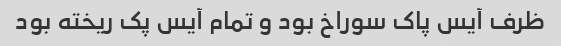
ظرف آیس پاک سوراخ بود و تمام آیس پک ریخته بود